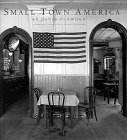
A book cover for Small Town America; David Plowden; Arts & Photography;